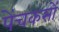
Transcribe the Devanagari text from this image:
पेंचकसों